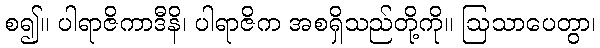
စ၍။ ပါရာဇိကာဒီနိ၊ ပါရာဇိက အစရှိသည်တို့ကို။ ဩသာပေတွာ၊